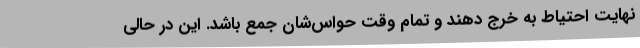
نهایت احتیاط به خرج دهند و تمام وقت حواس‌شان جمع باشد. این در حالی